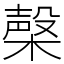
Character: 㯏